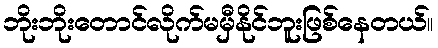
ဘိုးဘိုးတောင်လိုက်မမှီနိုင်ဘူးဖြစ်နေတယ်။